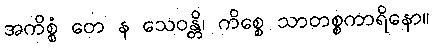
အကိစ္စံ တေ န သေဝန္တိ၊ ကိစ္စေ သာတစ္စကာရိနော။